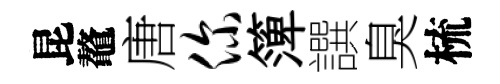
昆鼇唐你𥱼譔臭梳